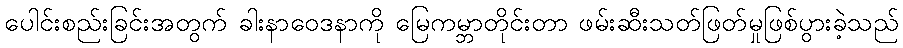
ပေါင်းစည်းခြင်းအတွက် ခါးနာဝေဒနာကို မြေကမ္ဘာတိုင်းတာ ဖမ်းဆီးသတ်ဖြတ်မှုဖြစ်ပွားခဲ့သည်